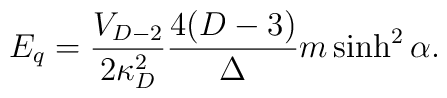
E_q={V_{D-2}\over{2\kappa^2_D}}{{4(D-3)}\over\Delta}m\sinh^2\alpha.